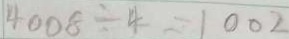
4 0 0 8 \div 4 = 1 0 0 2